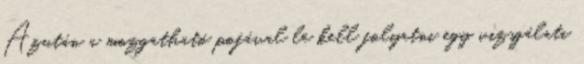
Azután a mozgatható pofával le kell folyatni egy vizsgálati